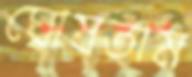
ঘোষতাম